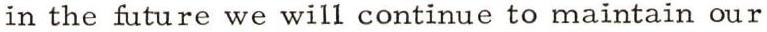
in the future we will continue to maintain our